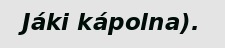
Jáki kápolna).